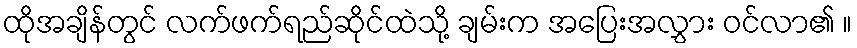
ထိုအချိန်တွင် လက်ဖက်ရည်ဆိုင်ထဲသို့ ချမ်းက အပြေးအလွှား ဝင်လာ၏ ။